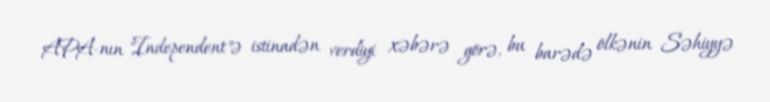
APA-nın "Independent"ə istinadən verdiyi xəbərə görə, bu barədə ölkənin Səhiyyə